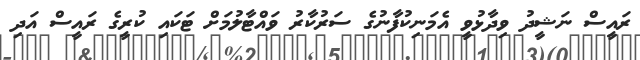
ރައީސް ނަޝީދު ވިދާޅުވީ އެމަނިކުފާނުގެ ސަރުކާރު ވައްޓާލުމަށް ޓަކައި ކުރީގެ ރައީސް އަދި